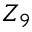
Z _ { 9 }